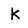
Character: k